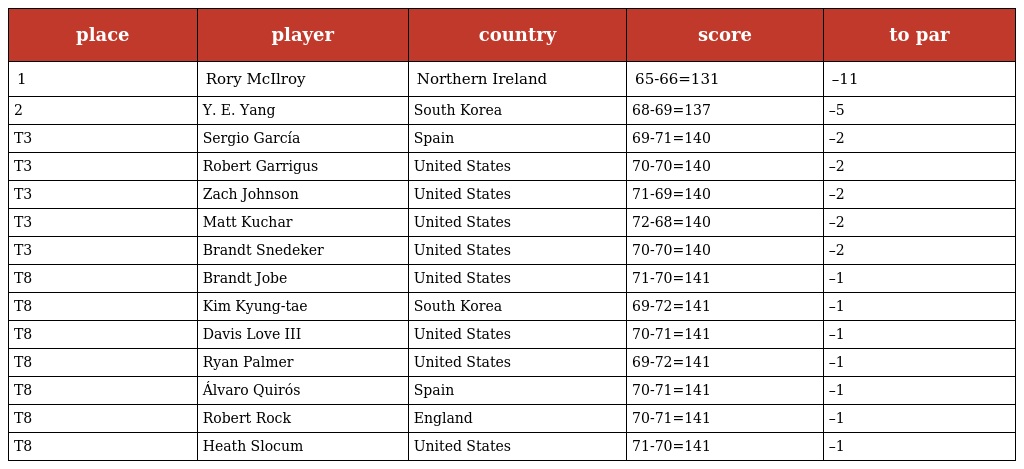
| place | player | country | score | to par |
 | --- | --- | --- | --- | --- |
 | 1 | Rory McIlroy | Northern Ireland | 65-66=131 | –11 |
 | 2 | Y. E. Yang | South Korea | 68-69=137 | –5 |
 | T3 | Sergio García | Spain | 69-71=140 | –2 |
 | T3 | Robert Garrigus | United States | 70-70=140 | –2 |
 | T3 | Zach Johnson | United States | 71-69=140 | –2 |
 | T3 | Matt Kuchar | United States | 72-68=140 | –2 |
 | T3 | Brandt Snedeker | United States | 70-70=140 | –2 |
 | T8 | Brandt Jobe | United States | 71-70=141 | –1 |
 | T8 | Kim Kyung-tae | South Korea | 69-72=141 | –1 |
 | T8 | Davis Love III | United States | 70-71=141 | –1 |
 | T8 | Ryan Palmer | United States | 69-72=141 | –1 |
 | T8 | Álvaro Quirós | Spain | 70-71=141 | –1 |
 | T8 | Robert Rock | England | 70-71=141 | –1 |
 | T8 | Heath Slocum | United States | 71-70=141 | –1 |